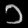
Digit: ၁